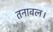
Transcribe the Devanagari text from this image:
तनावल।